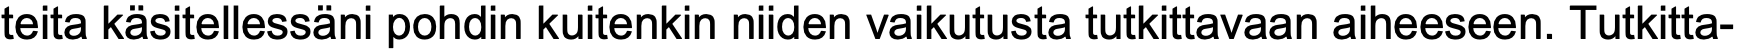
teita käsitellessäni pohdin kuitenkin niiden vaikutusta tutkittavaan aiheeseen. Tutkitta-